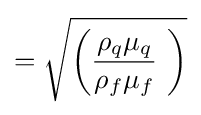
={\sqrt {\left({\frac {\rho _{q}\mu _{q}}{\rho _{f}\mu _{f}}}\ \right)}}